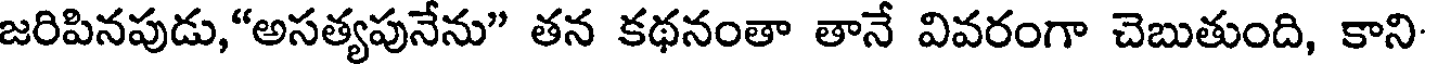
జరిపినపుడు,"అసత్యపునేను" తన కథనంతా తానే వివరంగా చెబుతుంది, కాని